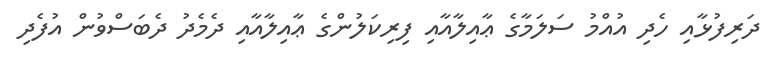
ދަރިފުޅާއި ހެދި އުއްމު ސަލަމާގެ ޢާއިލާއާއި ފިރިކަލުންގެ ޢާއިލާއާއި ދެމެދު ދެބަސްވުން އުފެދި